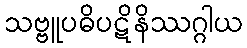
သဗ္ဗူပဓိပဋိနိဿဂ္ဂါယ